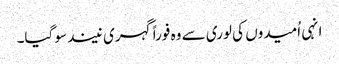
انہی اُمیدوں کی لوری سے وہ فوراً گہری نیند سو گیا۔